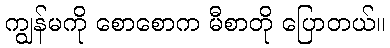
ကျွန်မကို စောစောက မီစာတို ပြောတယ်။